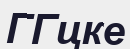
ГГцке